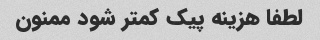
لطفا هزینه پیک کمتر شود ممنون